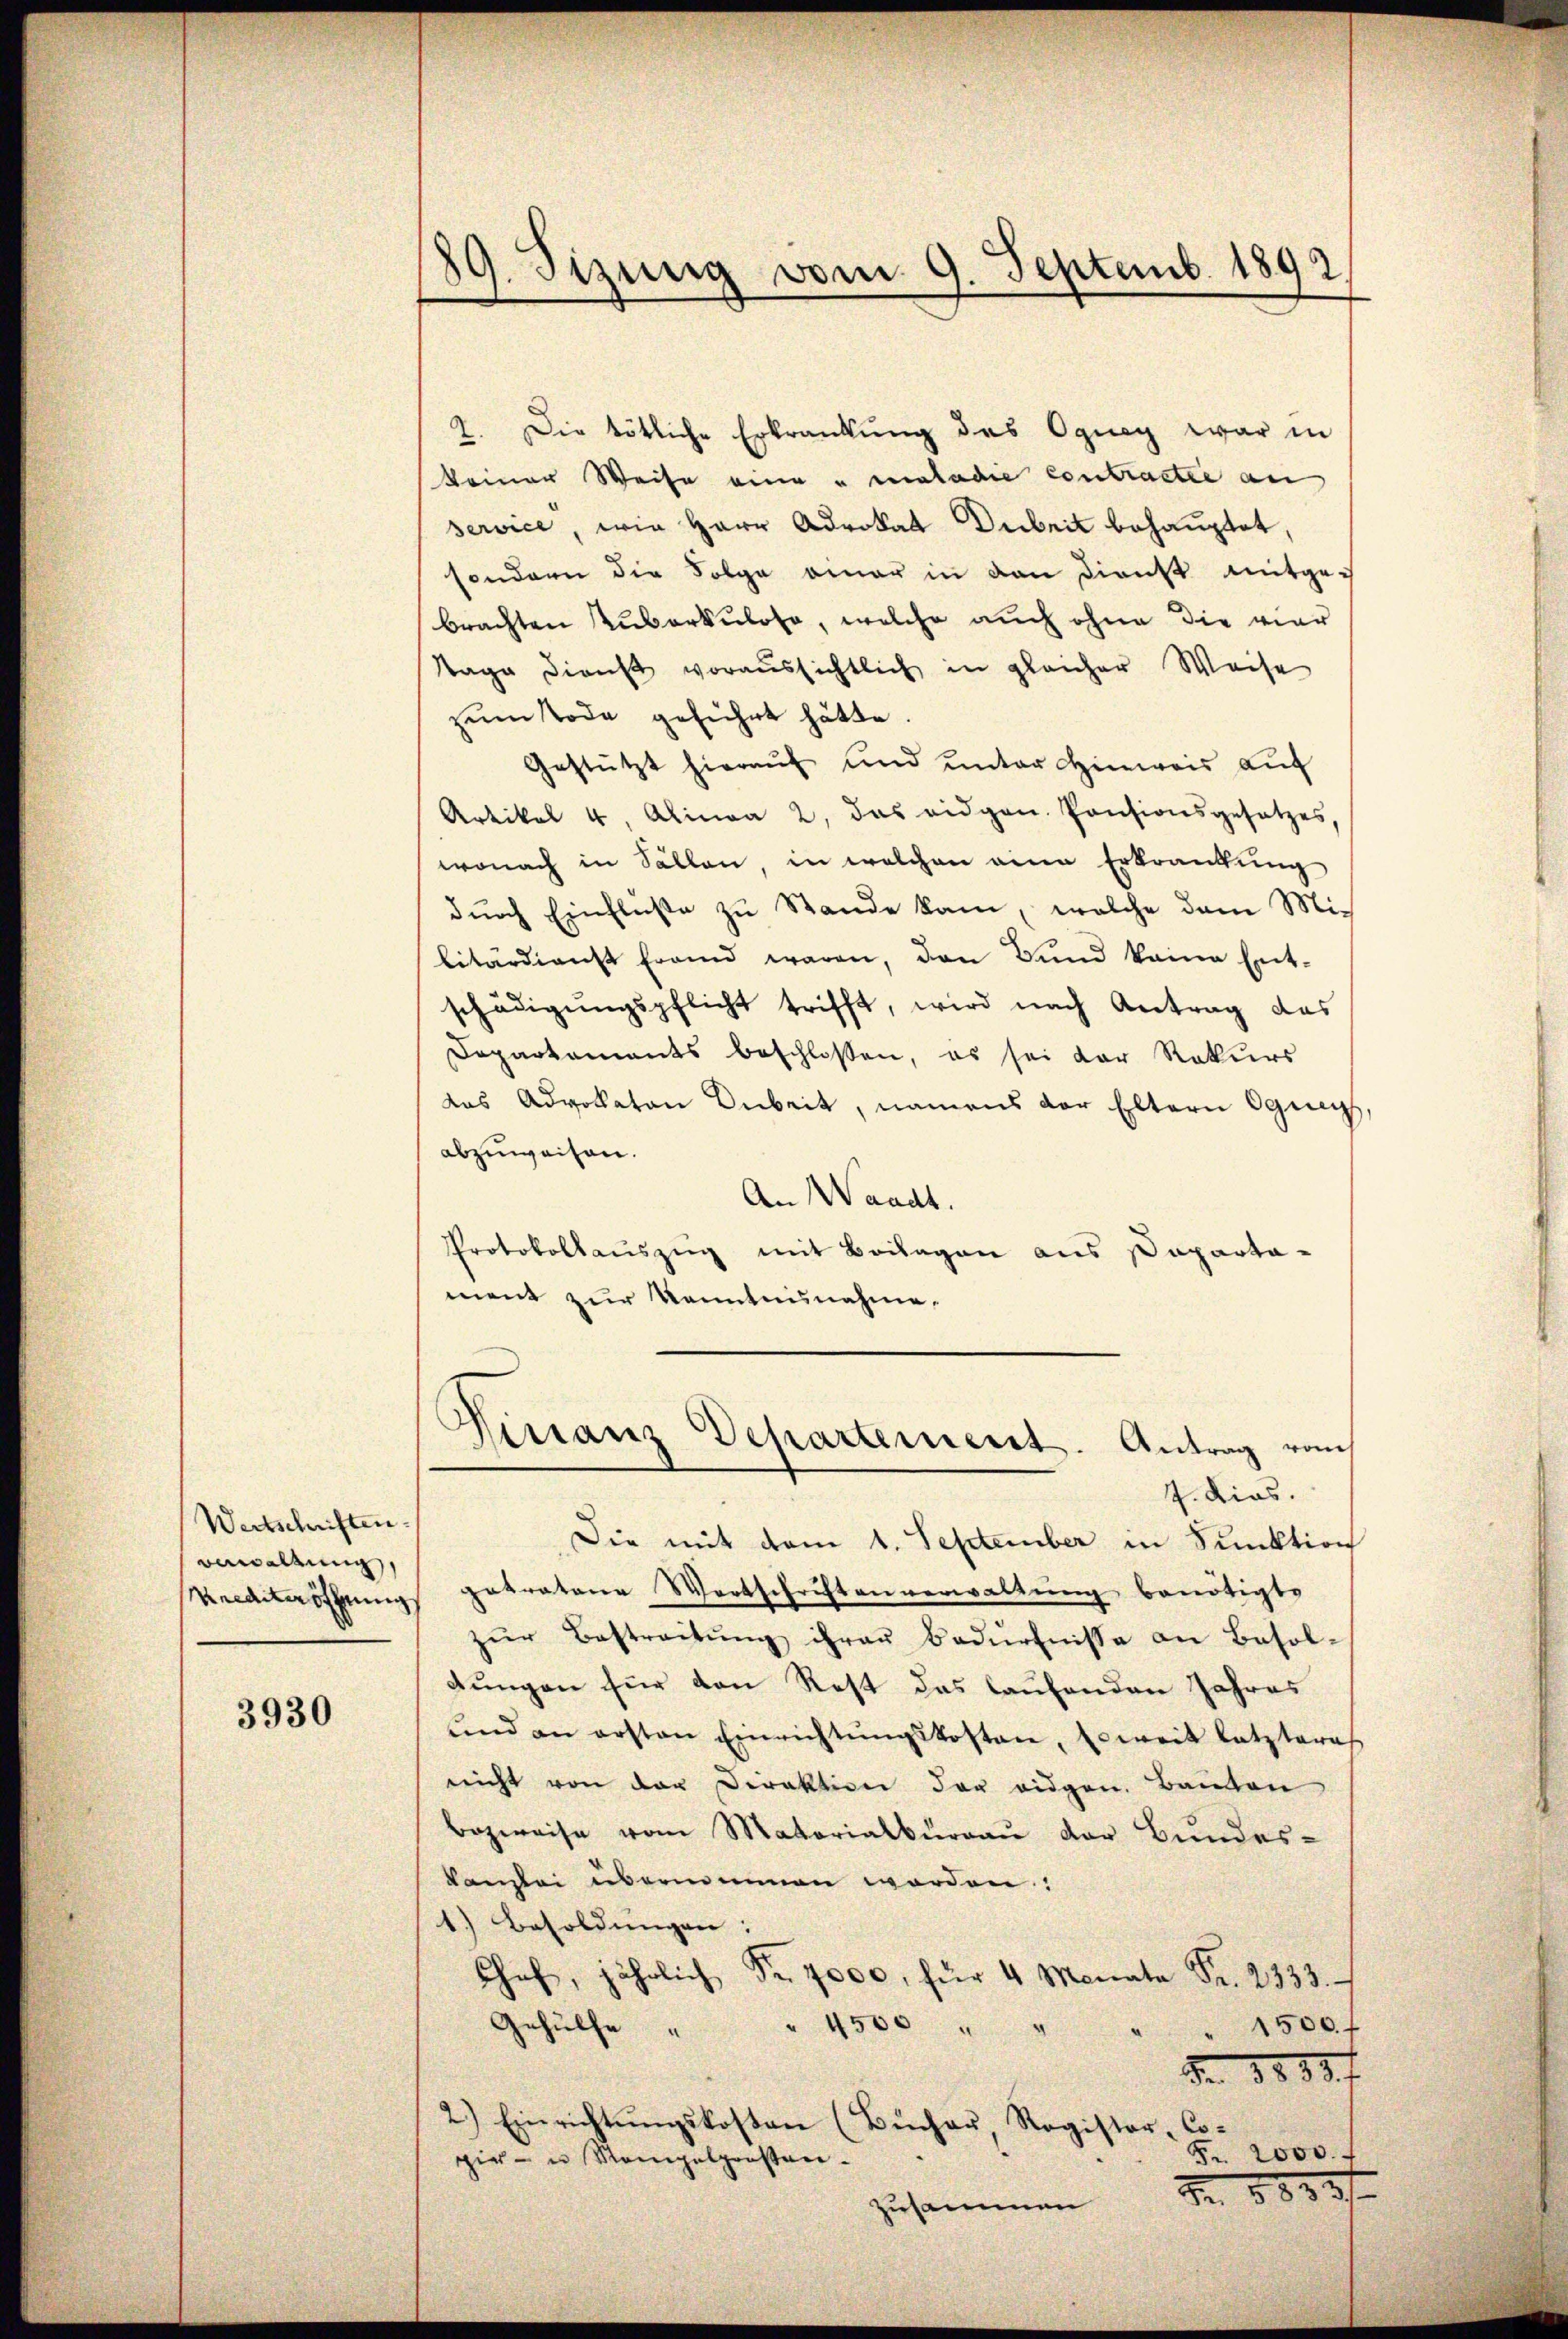
Wertschriften.
Verwaltung,

3930

19. Sizung vom 9. Septemb. 1892

2. Die tötliche Erkrankung des Oguay war in
keiner Weise eine u melade contracte an
service, wie Herr Advokat Dubeit behauptet,
sondern die Folge einer in den Dienst mitges
brachten Zuberkulose, welche auch ohne die vier
Tage dienst voraussichtlich in gleicher Weise
zum Tode geführt hätte.
Gestützt hierauf und unter Hinweis auf
Artikel 4, Alinea 2. das eidgen. Pensionsgesetzes,
wonach in Sollen, in welchen eine Erkrankung
dŭrch Einfluße zu Stande kam, welche dem Militärdienst frand waren, den Bŭnd keine Ent-
schädigŭngspflicht trifft, wird nach Antrag das
Departaments beschlossen, es sei der Rekurs
das Advokaten Arbeit, namens der Eltern Ogneys,
abzuweisen.
An Waadt.
Protokollauszug mit Beilagen aus Paparta-
ment zur Kenntnisnahme.
Finanz Departement. Antrag vom
7. Dies.
Die mit dem 1. September in Sunktion
Krediteröffnŭng getratone Wortschriftenverwaltŭng benötigte
zŭr Bestreitŭng ihrer Bedürfnisse an Besol-
dungen für den Rest das laufenden Jahres
ŭnd an ersten Einrichtŭngskosten, Es weit letzteres
nicht von der Direktion der eidgen. Bauten
Bezweise vom Materialbureau der Bundes-
kanzlei übernommen worden:
1.) Besoldungen:
Chef jährlich Fr. 7000, für 4 Monat Fr. 2333.
Gehülfe
" 4500 " "
" 1500. f
Fr. 1888 f
2.) Einrichtŭngskosten (Bŭcher, Register-Co¬
Fr. 2000.
pir- u Kompelprosten.
M. 883/
zusammen